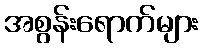
အစွန်းရောက်များ